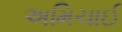
અમિચાઈ